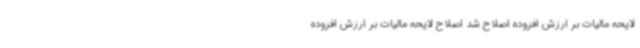
لایحه مالیات بر ارزش افزوده اصلاح شد اصلاح لایحه مالیات بر ارزش افزوده